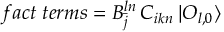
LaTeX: f a c t \; t e r m s = B _ { \bar { j } } ^ { l n } \, C _ { i k n } \: | { \cal O } _ { l , 0 } \rangle \,